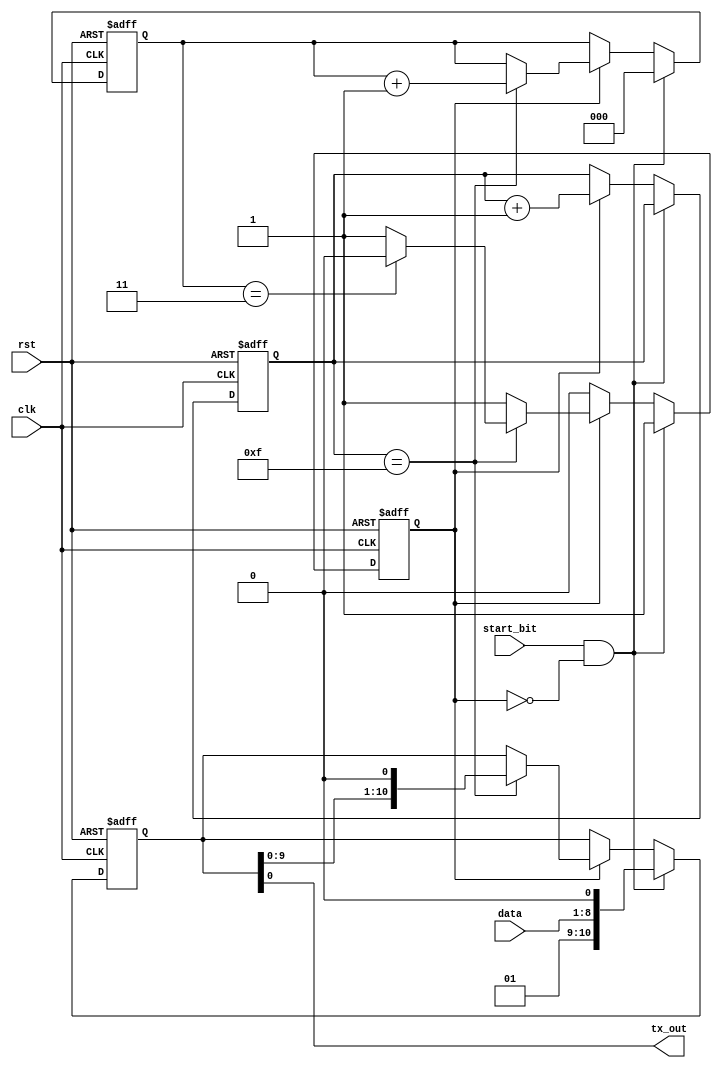
module uart_transmitter (
  input wire clk,
  input wire rst,
  input wire start_bit,
  input wire [7:0] data,
  output reg tx_out
);

reg [10:0] shift_reg;
reg [2:0] bit_counter;
reg tx_busy;
reg [3:0] baud_counter;

always @(posedge clk or posedge rst) begin
  if (rst) begin
    shift_reg <= 11'b0;
    bit_counter <= 3'b0;
    tx_busy <= 1'b0;
    baud_counter <= 4'b0;
  end else begin
    if (start_bit && !tx_busy) begin
      shift_reg <= {1'b1, data, 1'b0};
      bit_counter <= 3'b0;
      tx_busy <= 1'b1;
    end else if (tx_busy) begin
      if (baud_counter == 4'd15) begin
        shift_reg <= {shift_reg[9:0], 1'b0};
        bit_counter <= bit_counter + 1;
        if (bit_counter == 3'b11) begin
          tx_busy <= 1'b0;
        end
      end
      baud_counter <= baud_counter + 1;
    end
  end
end

assign tx_out = shift_reg[0];

endmodule